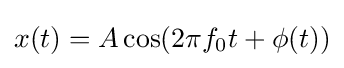
x(t)=A\cos(2\pi f_{0}t+\phi (t))